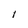
Character: 1